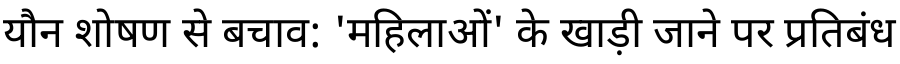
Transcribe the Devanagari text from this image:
यौन शोषण से बचाव: 'महिलाओं' के खाड़ी जाने पर प्रतिबंध